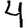
Digit: 4